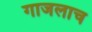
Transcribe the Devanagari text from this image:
गाजलाच